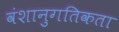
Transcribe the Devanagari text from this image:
वंशानुगतिकता